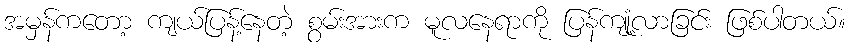
အမှန်ကတော့ ကျယ်ပြန့်နေတဲ့ စွမ်းအားက မူလနေရာကို ပြန်ကျုံ့လာခြင်း ဖြစ်ပါတယ်။